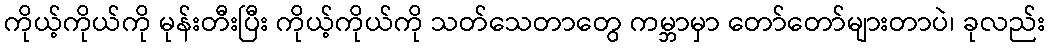
ကိုယ့်ကိုယ်ကို မုန်းတီးပြီး ကိုယ့်ကိုယ်ကို သတ်သေတာတွေ ကမ္ဘာမှာ တော်တော်များတာပဲ၊ ခုလည်း